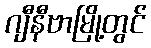
ဂျီနီဗာမြို့တွင်